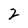
Character: 2